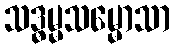
သဒ္ဓမ္မသမ္မောသာ